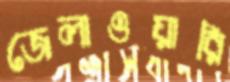
জেলাওয়ারি